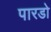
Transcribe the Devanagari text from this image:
पारडो